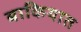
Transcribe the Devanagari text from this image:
बाकियात